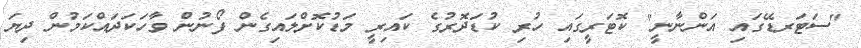
"ސަޓަރޑޭގައި އަންނާނީ" ކޮޓަރީގައި ހުރި ކުޑަދޮރުގެ ކައިރީ މަޑުކޮށްލައިގެން ފޯނުން ވާހަކަދައްކަމުން ދިޔަ